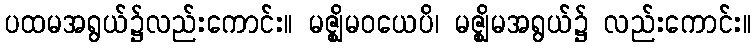
ပထမအရွယ်၌လည်းကောင်း။ မဇ္ဈိမဝယေပိ၊ မဇ္ဈိမအရွယ်၌ လည်းကောင်း။